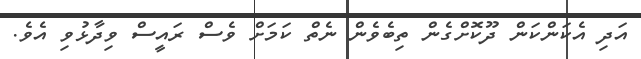
އަދި އެކަންކަން ދޫކޮށްގެން ތިބެވެން ނެތް ކަމަށް ވެސް ރައީސް ވިދާޅުވި އެވެ.